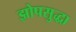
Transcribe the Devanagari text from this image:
झोपसुद्धा